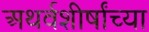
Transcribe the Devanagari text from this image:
अथर्वशीर्षांच्या